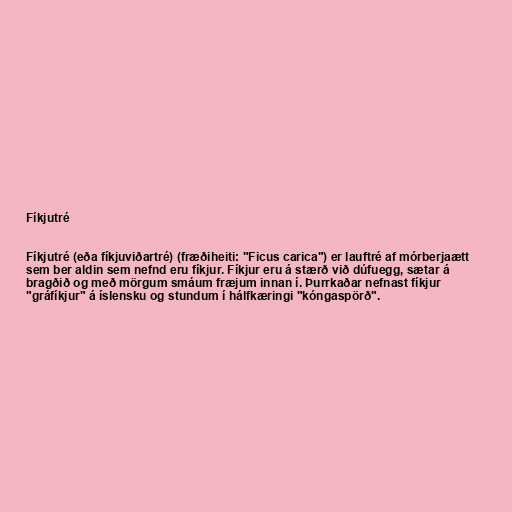
Fíkjutré

Fíkjutré (eða fíkjuviðartré) (fræðiheiti: "Ficus carica") er lauftré af mórberjaætt
sem ber aldin sem nefnd eru fíkjur. Fíkjur eru á stærð við dúfuegg, sætar á
bragðið og með mörgum smáum fræjum innan í. Þurrkaðar nefnast fíkjur
"gráfíkjur" á íslensku og stundum í hálfkæringi "kóngaspörð".